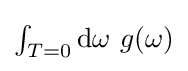
{\textstyle \int _{T=0}\mathrm {d} \omega \ g(\omega )}